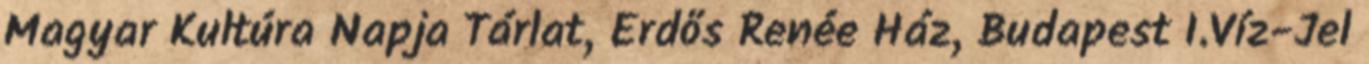
Magyar Kultúra Napja Tárlat, Erdős Renée Ház, Budapest I.Víz-Jel